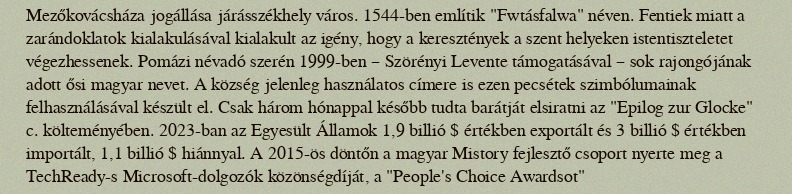
Mezőkovácsháza jogállása járásszékhely város. 1544-ben említik "Fwtásfalwa" néven. Fentiek miatt a zarándoklatok kialakulásával kialakult az igény, hogy a keresztények a szent helyeken istentiszteletet végezhessenek. Pomázi névadó szerén 1999-ben – Szörényi Levente támogatásával – sok rajongójának adott ősi magyar nevet. A község jelenleg használatos címere is ezen pecsétek szimbólumainak felhasználásával készült el. Csak három hónappal később tudta barátját elsiratni az "Epilog zur Glocke" c. költeményében. 2023-ban az Egyesült Államok 1,9 billió $ értékben exportált és 3 billió $ értékben importált, 1,1 billió $ hiánnyal. A 2015-ös döntőn a magyar Mistory fejlesztő csoport nyerte meg a TechReady-s Microsoft-dolgozók közönségdíját, a "People's Choice Awardsot"